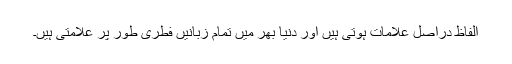
الفاظ دراصل علامات ہوتی ہیں اور دنیا بھر میں تمام زبانیں فطری طور پر علامتی ہیں۔